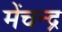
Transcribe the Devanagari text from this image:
मेंचन्द्र